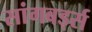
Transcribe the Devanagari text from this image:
सांगबर्ड्स